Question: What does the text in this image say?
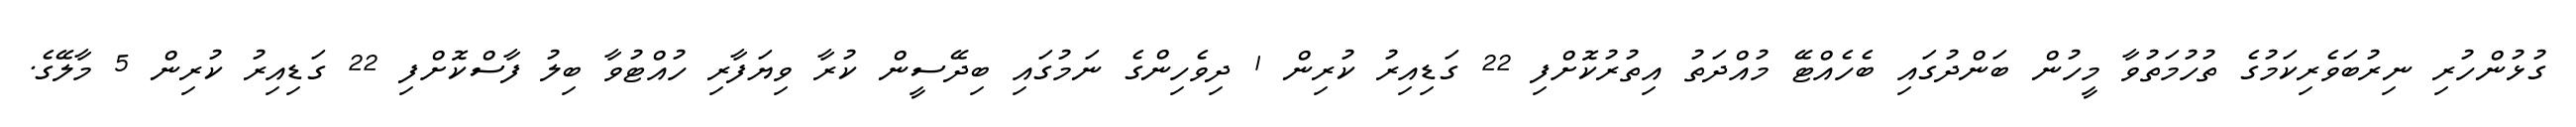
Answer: ގުޅުންހުރި ނިރުބަވެރިކަމުގެ ތުހުމަތުވާ މީހުން ބަންދުގައި ބެހެއްޓޭ މުއްދަތު އިތުރުކޮށްފި 22 ގަޑިއިރު ކުރިން 1 ދިވެހިންގެ ނަމުގައި ބިދޭސީން ކުރާ ވިޔަފާރި ހުއްޓުވާ ބިލު ފާސްކޮށްފި 22 ގަޑިއިރު ކުރިން 5 މާލޭގެ.